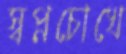
স্বপ্নচোখে